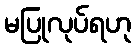
မပြုလုပ်ရဟု